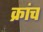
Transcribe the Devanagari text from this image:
क्रांच